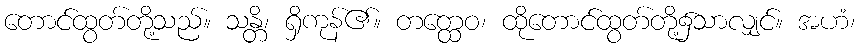
တောင်ထွတ်တို့သည်။ သန္တိ၊ ရှိကုန်၏။ တတ္ထေဝ၊ ထိုတောင်ထွတ်တို့၌သာလျှင်။ အဟံ၊